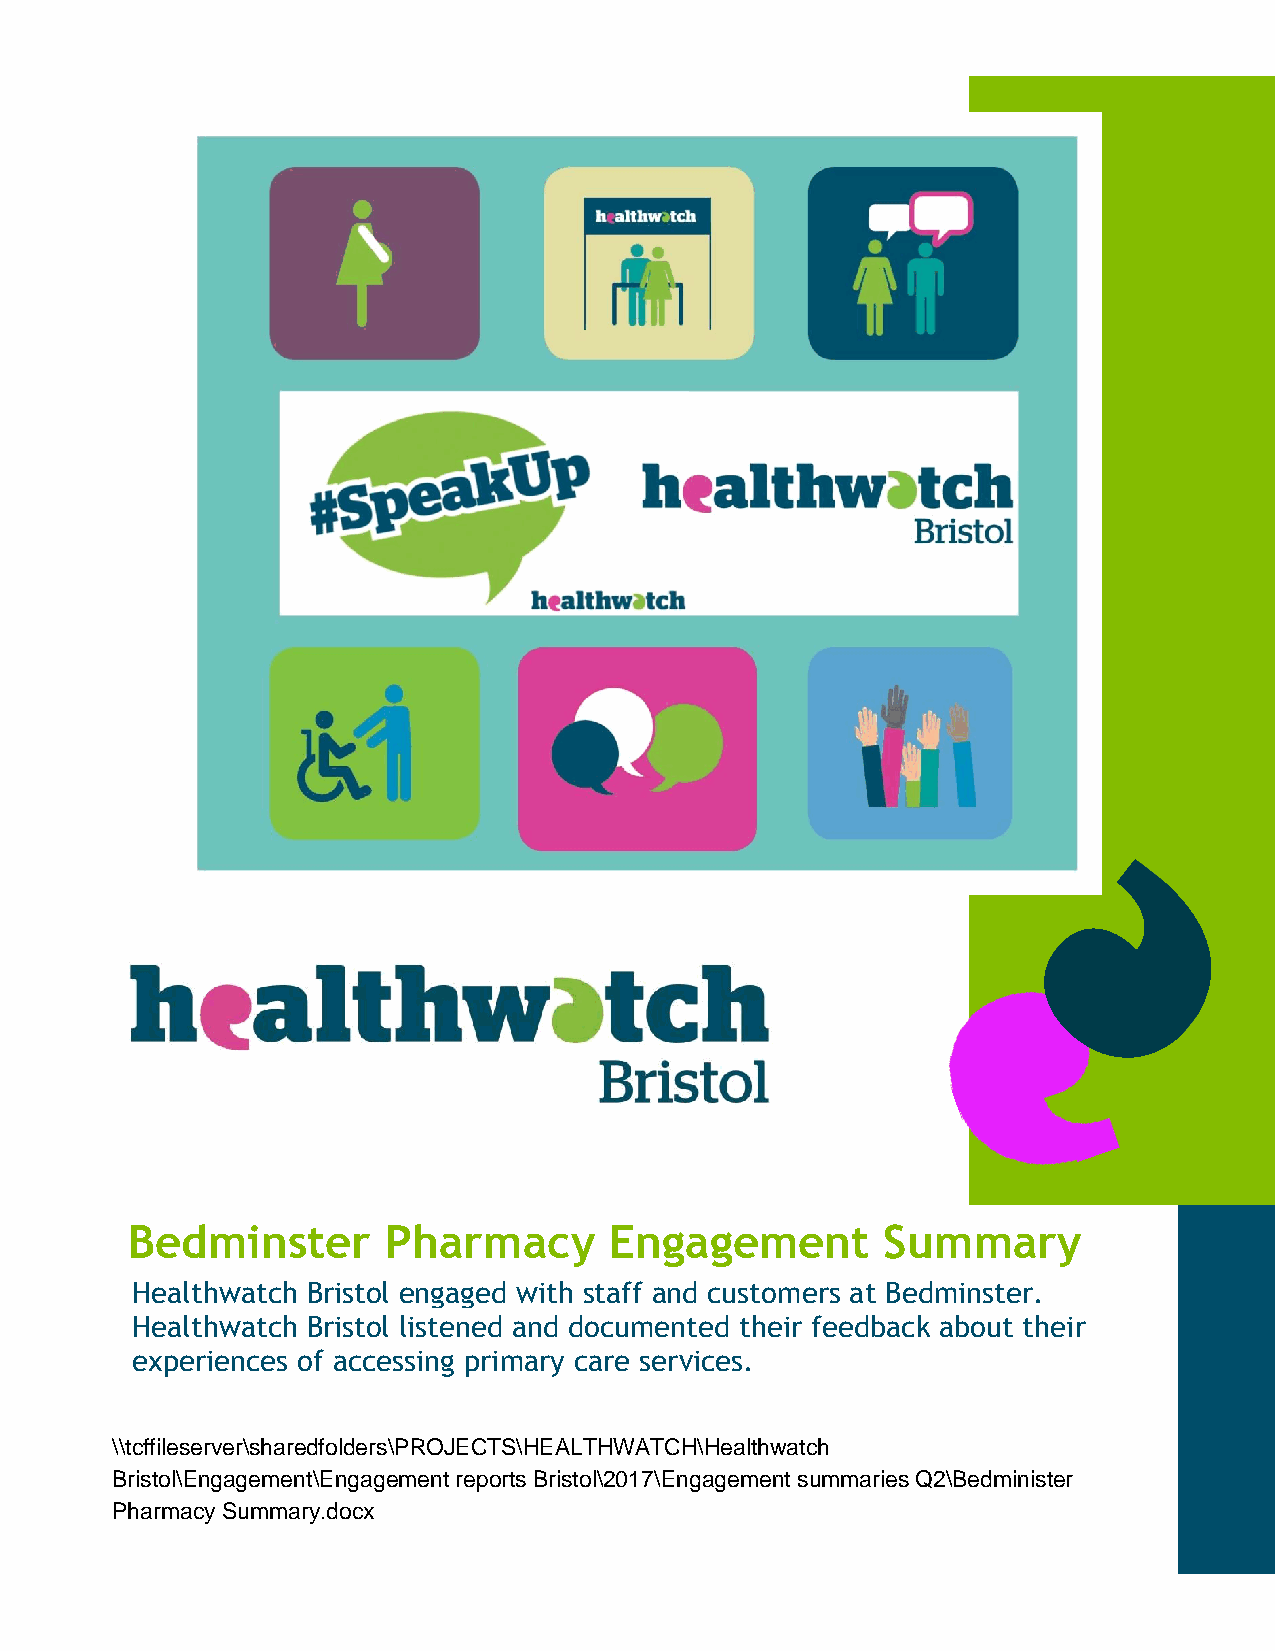
Bedminster        Pharmacy      Engagement         Summary
 Healthwatch Bristol engaged with staff and customers at Bedminster.
 Healthwatch Bristol listened and documented their feedback about their
 experiences of accessing primary care services.
 \\tcffileserver\sharedfolders\PROJECTS\HEALTHWATCH\Healthwatch
 Bristol\Engagement\Engagement reports Bristol\2017\Engagement summaries Q2\Bedminister
 Pharmacy Summary.docx